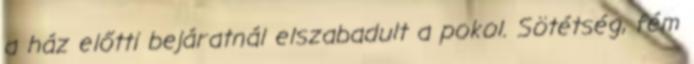
a ház előtti bejáratnál elszabadult a pokol. Sötétség, fém